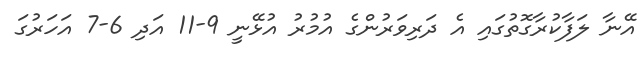
އޭނާ ލަފާކުރާގޮތުގައި އެ ދަރިވަރުންގެ އުމުރު އުޅޭނީ 9-11 އަދި 6-7 އަހަރުގަ